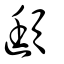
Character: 頲